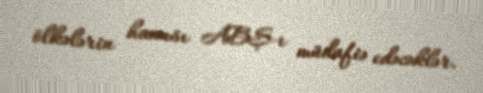
ölkələrin hamısı ABŞ-ı müdafiə edəcəklər.